DOW-UAP-D27, Mission Report, United Arab Emirates, October 2023
Agency: Department of War
Incident date: 6/7/24
Incident location: Gulf of Oman
Page 3
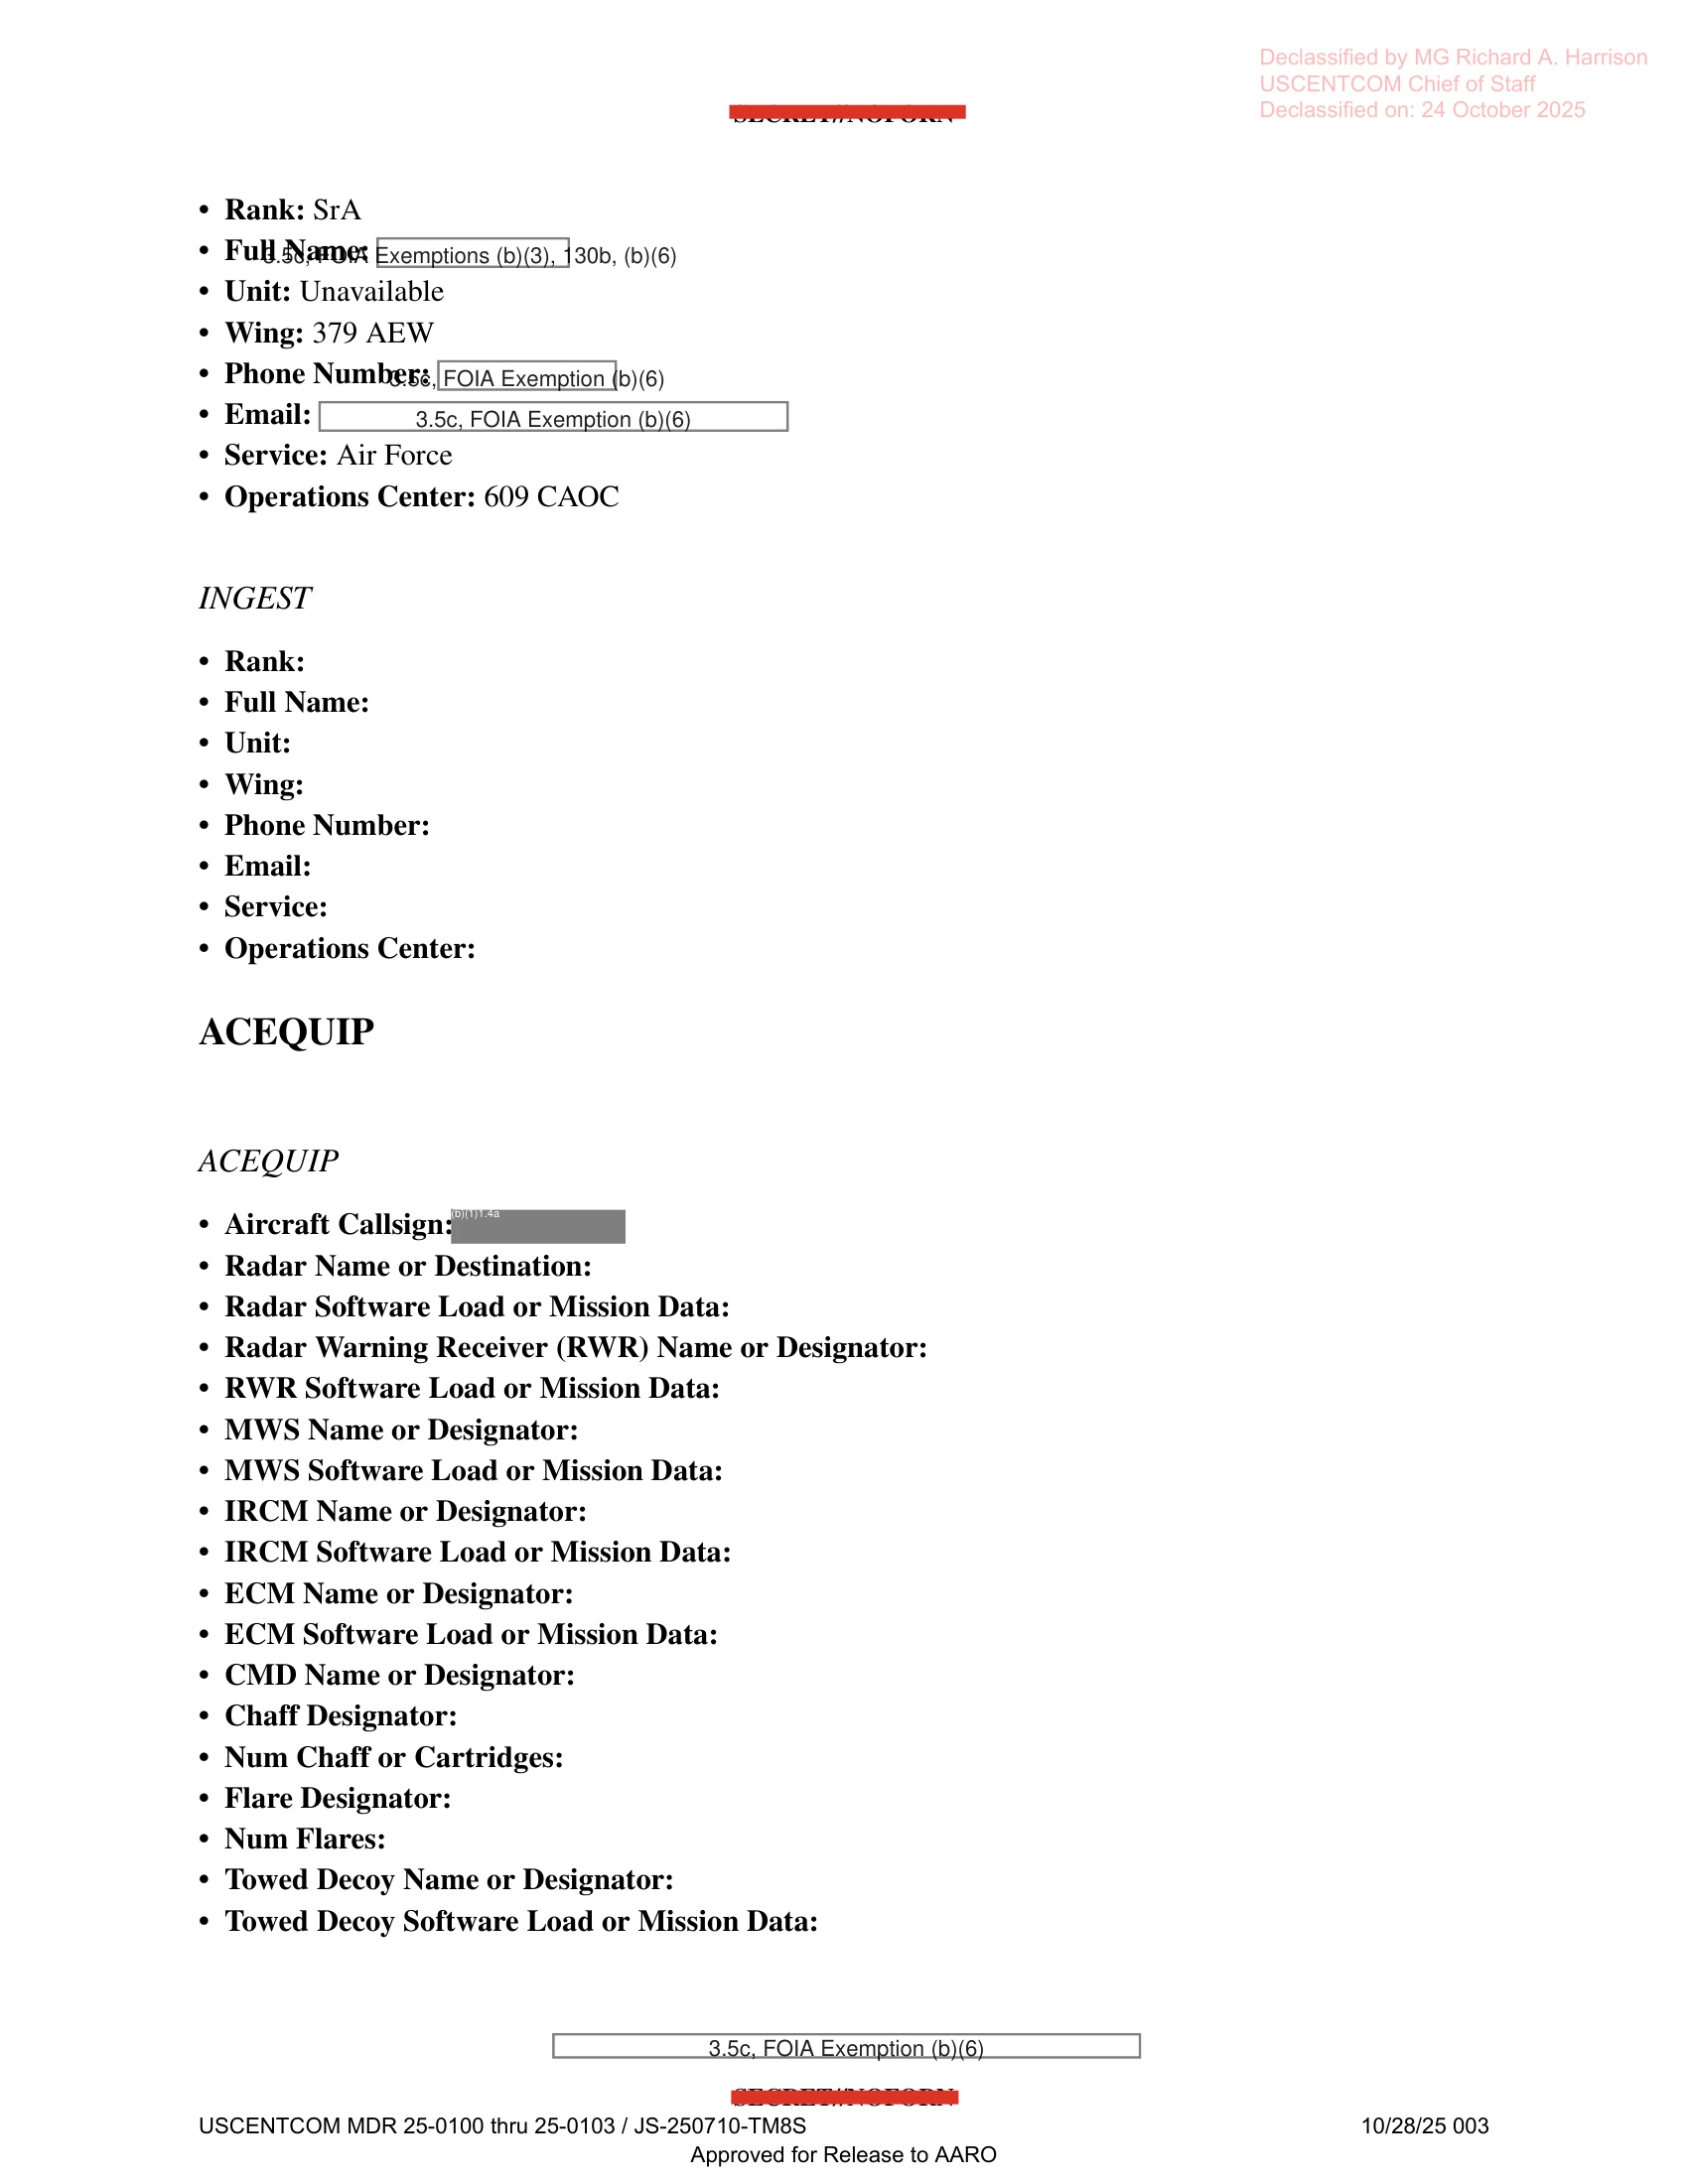